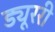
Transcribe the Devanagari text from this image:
ड्यूररी